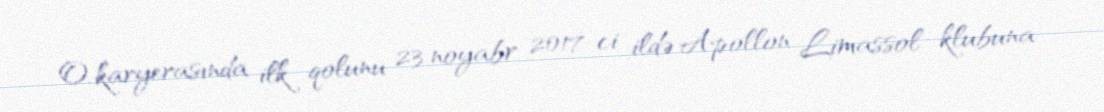
O, karyerasında ilk qolunu 23 noyabr 2017-ci ildə Apollon Limassol klubuna